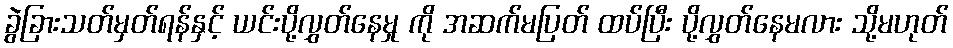
ခွဲခြားသတ်မှတ်ရန်နှင့် ယင်းပို့လွှတ်နေမှု ကို အဆက်မပြတ် ထပ်ပြီး ပို့လွှတ်နေမလား သို့မဟုတ်